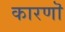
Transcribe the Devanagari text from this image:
कारणॊ